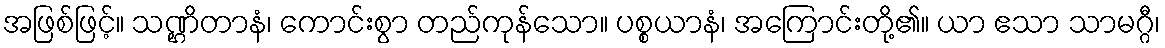
အဖြစ်ဖြင့်။ သဏ္ဌိတာနံ၊ ကောင်းစွာ တည်ကုန်သော။ ပစ္စယာနံ၊ အကြောင်းတို့၏။ ယာ ဧသာ သာမဂ္ဂီ၊